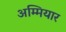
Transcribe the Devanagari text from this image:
अम्मियार